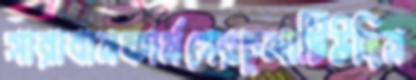
সারাবানফার্মসেরচুলাটিউদিন